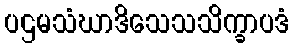
ပဌမသံဃာဒိသေသသိက္ခာပဒံ